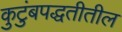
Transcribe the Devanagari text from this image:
कुटुंबपद्धतीतील